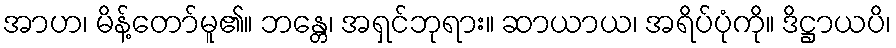
အာဟ၊ မိန့်တော်မူ၏။ ဘန္တေ၊ အရှင်ဘုရား။ ဆာယာယ၊ အရိပ်ပုံကို။ ဒိဋ္ဌာယပိ၊